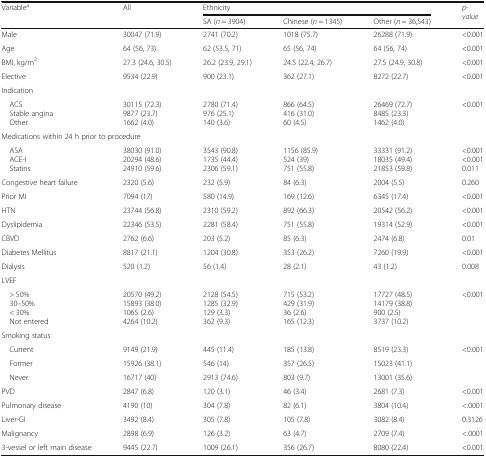
<table><thead><tr><td rowspan="2"><b>Variable<sup>a</sup></b></td><td rowspan="2"><b>All</b></td><td colspan="3"><b>Ethnicity</b></td><td rowspan="2"><b><i>p-value</i></b></td></tr><tr><td><b>SA (<i>n</i> = 3904)</b></td><td><b>Chinese (<i>n</i> = 1345)</b></td><td><b>Other (<i>n</i> = 36,543)</b></td></tr></thead><tbody><tr><td>Male</td><td>30047 (71.9)</td><td>2741 (70.2)</td><td>1018 (75.7)</td><td>26288 (71.9)</td><td>&lt;0.001</td></tr><tr><td>Age</td><td>64 (56, 73)</td><td>62 (53.5, 71)</td><td>65 (56, 74)</td><td>64 (56, 74)</td><td>&lt;0.001</td></tr><tr><td>BMI, kg/m<sup>2</sup></td><td>27.3 (24.6, 30.5)</td><td>26.2 (23.9, 29.1)</td><td>24.5 (22.4, 26.7)</td><td>27.5 (24.9, 30.8)</td><td>&lt;0.001</td></tr><tr><td>Elective</td><td>9534 (22.9)</td><td>900 (23.1)</td><td>362 (27.1)</td><td>8272 (22.7)</td><td>&lt;0.001</td></tr><tr><td colspan="6">Indication</td></tr><tr><td> ACS Stable angina Other</td><td>30115 (72.3)9877 (23.7)1662 (4.0)</td><td>2780 (71.4)976 (25.1)140 (3.6)</td><td>866 (64.5)416 (31.0)60 (4.5)</td><td>26469 (72.7)8485 (23.3)1462 (4.0)</td><td>&lt;0.001</td></tr><tr><td colspan="6">Medications within 24 h prior to procedure</td></tr><tr><td> ASA ACE-I Statins</td><td>38030 (91.0)20294 (48.6)24910 (59.6)</td><td>3543 (90.8)1735 (44.4)2306 (59.1)</td><td>1156 (85.9)524 (39)751 (55.8)</td><td>33331 (91.2)18035 (49.4)21853 (59.8)</td><td>&lt;0.001&lt;0.0010.011</td></tr><tr><td>Congestive heart failure</td><td>2320 (5.6)</td><td>232 (5.9)</td><td>84 (6.3)</td><td>2004 (5.5)</td><td>0.260</td></tr><tr><td>Prior MI</td><td>7094 (17)</td><td>580 (14.9)</td><td>169 (12.6)</td><td>6345 (17.4)</td><td>&lt;0.001</td></tr><tr><td>HTN</td><td>23744 (56.8)</td><td>2310 (59.2)</td><td>892 (66.3)</td><td>20542 (56.2)</td><td>&lt;0.001</td></tr><tr><td>Dyslipidemia</td><td>22346 (53.5)</td><td>2281 (58.4)</td><td>751 (55.8)</td><td>19314 (52.9)</td><td>&lt;0.001</td></tr><tr><td>CBVD</td><td>2762 (6.6)</td><td>203 (5.2)</td><td>85 (6.3)</td><td>2474 (6.8)</td><td>0.01</td></tr><tr><td>Diabetes Mellitus</td><td>8817 (21.1)</td><td>1204 (30.8)</td><td>353 (26.2)</td><td>7260 (19.9)</td><td>&lt;0.001</td></tr><tr><td>Dialysis</td><td>520 (1.2)</td><td>56 (1.4)</td><td>28 (2.1)</td><td>43 (1.2)</td><td>0.008</td></tr><tr><td colspan="6">LVEF</td></tr><tr><td> &gt; 50% 30–50% &lt; 30% Not entered</td><td>20570 (49.2)15893 (38.0)1065 (2.6)4264 (10.2)</td><td>2128 (54.5)1285 (32.9)129 (3.3)362 (9.3)</td><td>715 (53.2)429 (31.9)36 (2.6)165 (12.3)</td><td>17727 (48.5)14179 (38.8)900 (2.5)3737 (10.2)</td><td>&lt;0.001</td></tr><tr><td colspan="6">Smoking status</td></tr><tr><td> Current</td><td>9149 (21.9)</td><td>445 (11.4)</td><td>185 (13.8)</td><td>8519 (23.3)</td><td>&lt;0.001</td></tr><tr><td> Former</td><td>15926 (38.1)</td><td>546 (14)</td><td>357 (26.5)</td><td>15023 (41.1)</td><td></td></tr><tr><td> Never</td><td>16717 (40)</td><td>2913 (74.6)</td><td>803 (9.7)</td><td>13001 (35.6)</td><td></td></tr><tr><td>PVD</td><td>2847 (6.8)</td><td>120 (3.1)</td><td>46 (3.4)</td><td>2681 (7.3)</td><td>&lt;0.001</td></tr><tr><td>Pulmonary disease</td><td>4190 (10)</td><td>304 (7.8)</td><td>82 (6.1)</td><td>3804 (10.4)</td><td>&lt;.0001</td></tr><tr><td>Liver-GI</td><td>3492 (8.4)</td><td>305 (7.8)</td><td>105 (7.8)</td><td>3082 (8.4)</td><td>0.3126</td></tr><tr><td>Malignancy</td><td>2898 (6.9)</td><td>126 (3.2)</td><td>63 (4.7)</td><td>2709 (7.4)</td><td>&lt;.0001</td></tr><tr><td>3-vessel or left main disease</td><td>9445 (22.7)</td><td>1009 (26.1)</td><td>356 (26.7)</td><td>8080 (22.4)</td><td>&lt;0.001</td></tr></tbody></table>